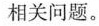
相关问题。